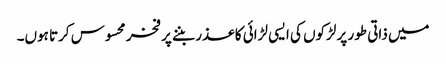
میں ذاتی طور پر لڑکوں کی ایسی لڑائی کا عذر بننے پر فخر محسوس کرتا ہوں۔